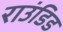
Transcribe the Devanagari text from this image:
राउंडिड